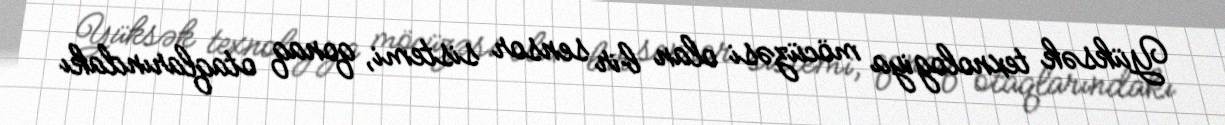
Yüksək texnologiya möcüzəsi olan bir sensor sistemi, qonaq otaqlarındakı